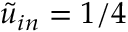
\tilde { u } _ { i n } = 1 / 4